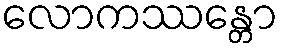
လောကဿန္တော